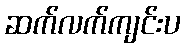
ဆက်လက်ကျင်းပ